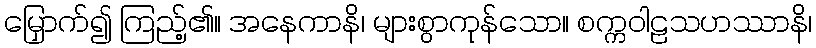
မြှောက်၍ ကြည့်၏။ အနေကာနိ၊ များစွာကုန်သော။ စက္ကဝါဠသဟဿာနိ၊